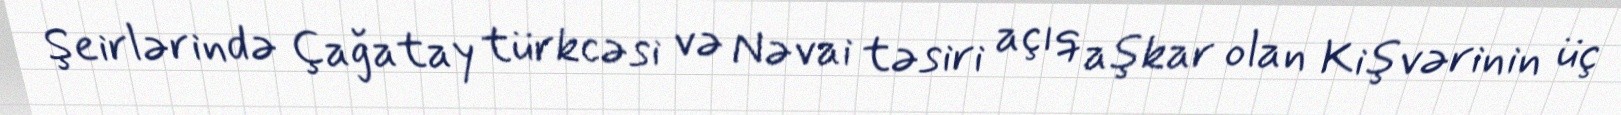
Şeirlərində Çağatay türkcəsi və Nəvai təsiri açıq aşkar olan Kişvərinin üç